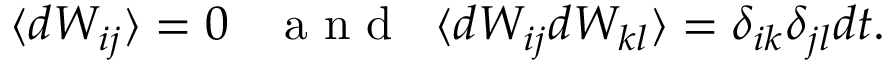
\langle d W _ { i j } \rangle = 0 \; \; \; \mathrm { ~ a ~ n ~ d ~ } \; \; \langle d W _ { i j } d W _ { k l } \rangle = \delta _ { i k } \delta _ { j l } d t .